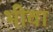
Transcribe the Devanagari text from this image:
भीवा